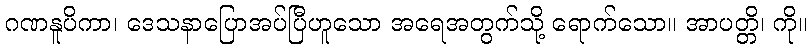
ဂဏနူပိကာ၊ ဒေသနာပြောအပ်ပြီဟူသော အရေအတွက်သို့ ရောက်သော။ အာပတ္တိ၊ ကို။